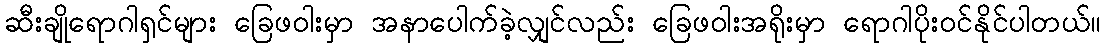
ဆီးချိုရောဂါရှင်များ ခြေဖဝါးမှာ အနာပေါက်ခဲ့လျှင်လည်း ခြေဖဝါးအရိုးမှာ ရောဂါပိုးဝင်နိုင်ပါတယ်။